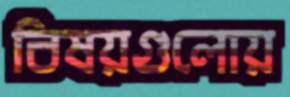
বিষয়গুলোয়